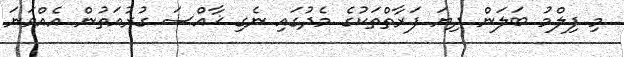
މި ފިލްމު ބަލަން ދިޔަ ފަރާތްތަކުގެ މެދުގައި ނެގި ޚާއްސަ ގުރުއަތުން އެއްވަނަ